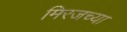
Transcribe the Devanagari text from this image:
मिरजच्या